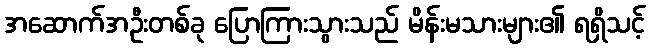
အဆောက်အဦးတစ်ခု ပြောကြားသွားသည် မိန်းမသားများ၏ ရရှိသင့်